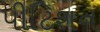
પીટિશન